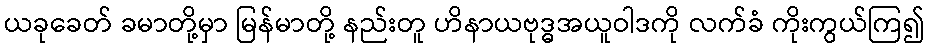
ယခုခေတ် ခမာတို့မှာ မြန်မာတို့ နည်းတူ ဟိနာယဗုဒ္ဓအယူဝါဒကို လက်ခံ ကိုးကွယ်ကြ၍